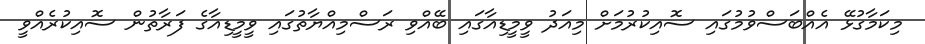
މިކަމާގުޅޭ އެއްބަސްވުމުގައި ސޮއިކުރުމަށް މިއަދު ވީމީޑިއާގައި ބޭއްވި ރަސްމިއްޔާތުގައި ވީމީޑިއާގެ ފަރާތުން ސޮއިކުރެއްވީ